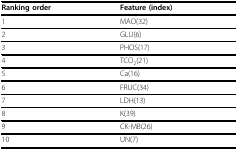
<table><thead><tr><td><b>Ranking order</b></td><td><b>Feature (index)</b></td></tr></thead><tbody><tr><td>1</td><td>MAO(32)</td></tr><tr><td>2</td><td>GLU(6)</td></tr><tr><td>3</td><td>PHOS(17)</td></tr><tr><td>4</td><td>TCO<sub>2</sub>(21)</td></tr><tr><td>5</td><td>Ca(16)</td></tr><tr><td>6</td><td>FRUC(34)</td></tr><tr><td>7</td><td>LDH(13)</td></tr><tr><td>8</td><td>K(39)</td></tr><tr><td>9</td><td>CK-MB(26)</td></tr><tr><td>10</td><td>UN(7)</td></tr></tbody></table>